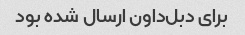
برای دبل‌داون ارسال شده بود